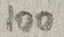
Text: 100